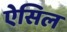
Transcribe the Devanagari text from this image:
ऐसिल